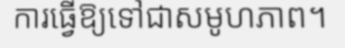
ការធ្វើឱ្យទៅជាសមូហភាព។